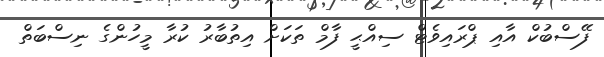
ފޭސްބުކް އާއި ޕްރައިވެޓް ސިއްޙީ ފާމް ތަކަށް އިތުބާރު ކުރާ މީހުންގެ ނިސްބަތް